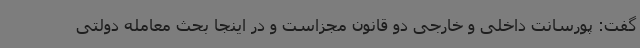
گفت: پورسانت داخلی و خارجی دو قانون مجزاست و در اینجا بحث معامله دولتی